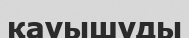
қауышуды